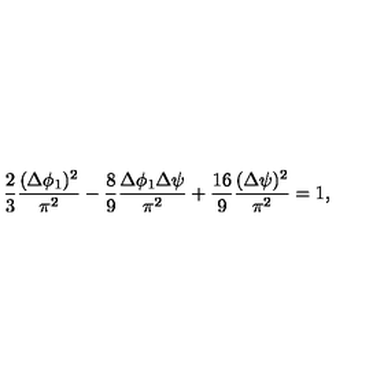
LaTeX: \frac { 2 } { 3 } \frac { ( \Delta \phi _ { 1 } ) ^ { 2 } } { \pi ^ { 2 } } - \frac { 8 } { 9 } \frac { \Delta \phi _ { 1 } \Delta \psi } { \pi ^ { 2 } } + \frac { 1 6 } { 9 } \frac { ( \Delta \psi ) ^ { 2 } } { \pi ^ { 2 } } = 1 ,